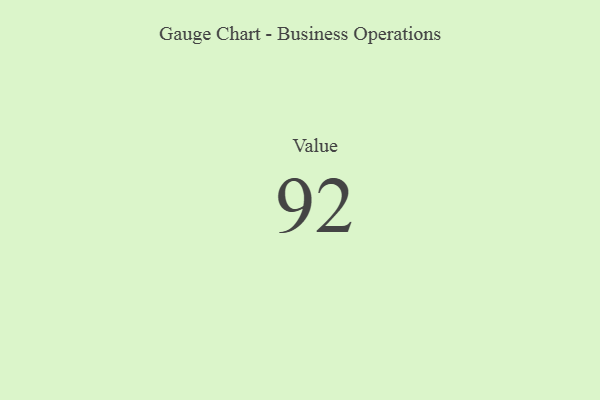
{"axis": {"x": "Metric", "y": "Value"}, "legend": [""], "data": [{"x": "Value", "y": 92, "type": ""}]}